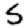
Digit: 5